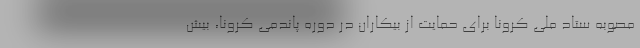
مصوبه ستاد ملی کرونا برای حمایت از بیکاران در دوره پاندمی کرونا، بیش